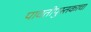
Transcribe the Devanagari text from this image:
पावतीपुस्तकाचा